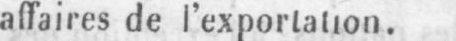
affaires de l’exportation.